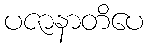
ပဇာနာတိပေ